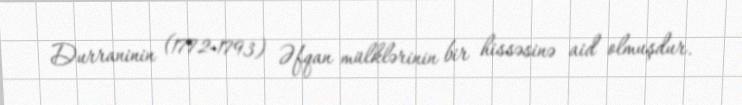
Durraninin (1772-1793) Əfqan mülklərinin bir hissəsinə aid olmuşdur.